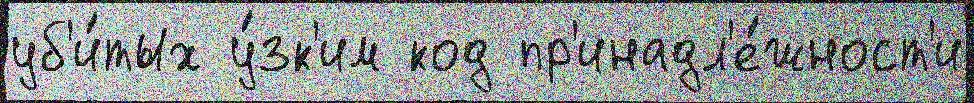
уб'и́тых у́зк'им код пр'инадл'е́жност'и